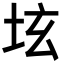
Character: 𡊨